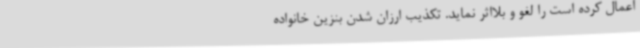
اعمال کرده است را لغو و بلااثر نماید. تکذیب ارزان شدن بنزین خانواده